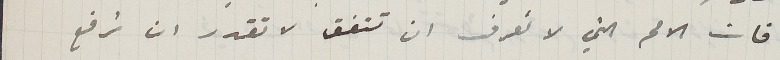
فان الامم التي لا تعرف ان تتفق لا تقدر ان ترفع